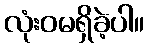
လုံးဝမရှိခဲ့ပါ။